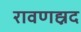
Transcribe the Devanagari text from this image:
रावणह्नद